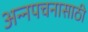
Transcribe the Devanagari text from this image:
अन्‍नपचनासाठी